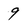
Character: 9